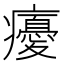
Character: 𭼵